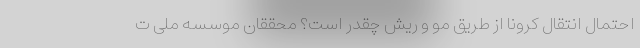
احتمال انتقال کرونا از طریق مو و ریش چقدر است؟ محققان موسسه ملی ت